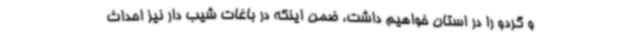
و گردو را در استان خواهیم داشت، ضمن اینکه در باغات شیب دار نیز احداث